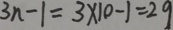
3 n - 1 = 3 \times 1 0 - 1 = 2 9